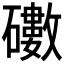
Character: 𥖻